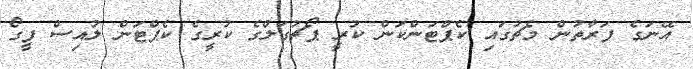
އޭނަގެ ފަރާތުން މެޗުގައި ކެޕްޓަންކަން ކުރީ ޕޯޗުގަލްގެ ކުރީގެ ކެޕްޓަން ލުއިސް ފީގޯ